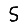
Digit: 5